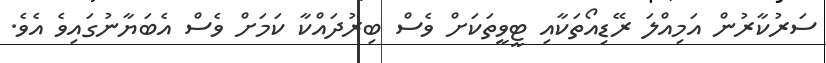
ސަރުކާރުން އަމިއްލަ ރޭޑިއޯތަކާއި ޓީވީތަކަށް ވެސް ބިރުދައްކާ ކަމަށް ވެސް އެބަޔާނުގައިވެ އެވެ.